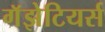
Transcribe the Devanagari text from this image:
गॅझेटियर्स